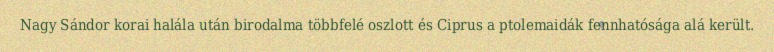
Nagy Sándor korai halála után birodalma többfelé oszlott és Ciprus a ptolemaidák fennhatósága alá került.